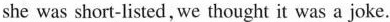
she was short-listed, we thought it was a joke.